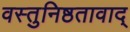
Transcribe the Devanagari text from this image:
वस्तुनिष्ठतावाद्